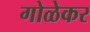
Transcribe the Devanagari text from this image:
गोळेकर